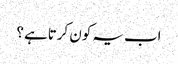
اب یہ کون کرتاہے ؟